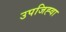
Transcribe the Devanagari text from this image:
उपजिह्वा